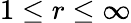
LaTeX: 1\le r\le\infty